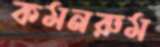
কমনরুম